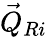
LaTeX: \vec{Q}_{Ri}